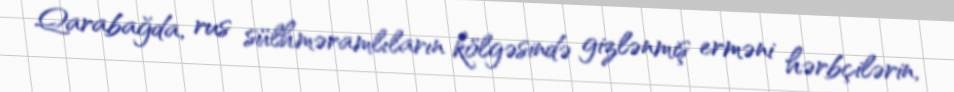
Qarabağda, rus sülhməramlıların kölgəsində gizlənmiş erməni hərbçilərin,